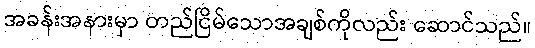
အခန်းအနားမှာ တည်ငြိမ်သောအချစ်ကိုလည်း ဆောင်သည်။